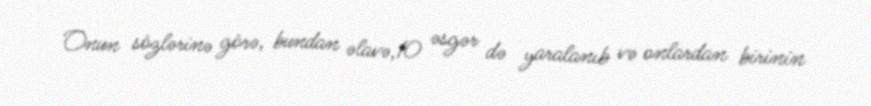
Onun sözlərinə görə, bundan əlavə,10 əsgər də yaralanıb və onlardan birinin